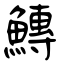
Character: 鱄